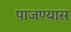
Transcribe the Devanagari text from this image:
पाजण्यास